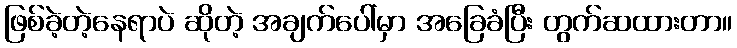
ဖြစ်ခဲ့တဲ့နေရာပဲ ဆိုတဲ့ အချက်ပေါ်မှာ အခြေခံပြီး တွက်ဆထားတာ။